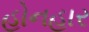
હોનહાર